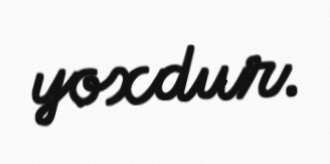
yoxdur.